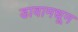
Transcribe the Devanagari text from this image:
डावामधून